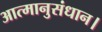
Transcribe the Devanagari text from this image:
आत्मानुसंधान।